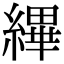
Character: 縪